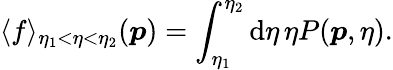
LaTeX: \langle f\rangle_{\eta_{1}<\eta<\eta_{2}}(\boldsymbol{p})=\int_{\eta_{1}}^{\eta_{2}}\mathrm{d}\eta\, \eta P(\boldsymbol{p},\eta).